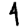
Digit: 4